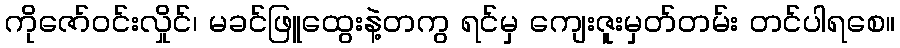
ကိုဇော်ဝင်းလှိုင်၊ မခင်ဖြူထွေးနဲ့တကွ ရင်မှ ကျေးဇူးမှတ်တမ်း တင်ပါရစေ။